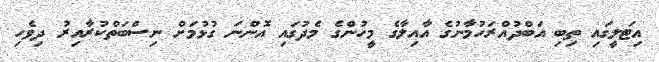
އިޓަލީގައި ތިބި އަބްދުއްރަހުމާނުގެ އާއިލާގެ މީހުންގެ މެދުގައި އޮންނަ ގުޅުމަށް ނިސްބަތްކުރާއިރު ދިވެހި